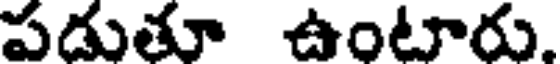
పడుతూ ఉంటారు.